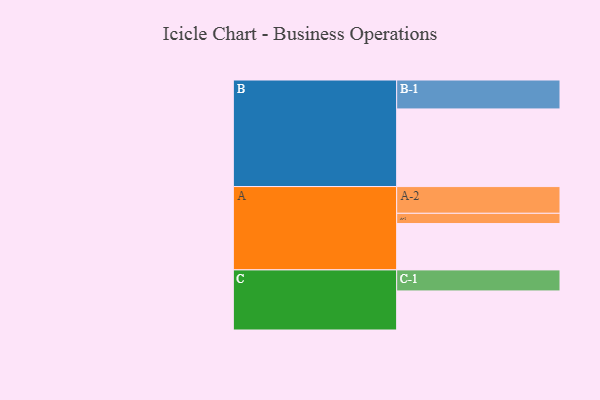
{"axis": {"x": "Segment", "y": "Value"}, "legend": ["", "A", "B", "C"], "data": [{"x": "A", "y": 357, "type": ""}, {"x": "B", "y": 598, "type": ""}, {"x": "C", "y": 301, "type": ""}, {"x": "A-1", "y": 79, "type": "A"}, {"x": "A-2", "y": 206, "type": "A"}, {"x": "B-1", "y": 223, "type": "B"}, {"x": "C-1", "y": 162, "type": "C"}]}